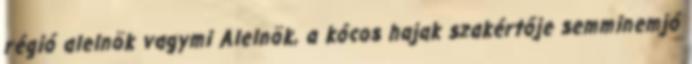
régió alelnök vagymi Alelnök, a kócos hajak szakértője semminemjó